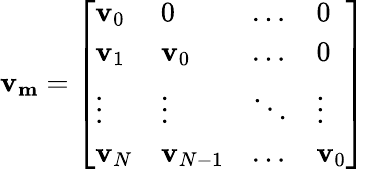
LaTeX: \mathbf{v_{m}}=\left[\begin{array}{llll}{\mathbf v_{0}}&{0}&{\dots}&{0}\\ {\mathbf v_{1}}&{\mathbf v_{0}}&{\dots}&{0}\\ {\vdots}&{\vdots}&{\ddots}&{\vdots}\\ {\mathbf v_{N}}&{\mathbf v_{N-1}}&{\dots}&{\mathbf v_{0}}\end{array}\right]